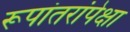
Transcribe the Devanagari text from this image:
रूपांतरांपेक्षा